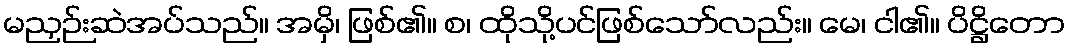
မညှဉ်းဆဲအပ်သည်။ အမှိ၊ ဖြစ်၏။ စ၊ ထိုသို့ပင်ဖြစ်သော်လည်း။ မေ၊ ငါ၏။ ပိဋ္ဌိတော